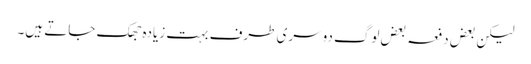
لیکن بعض دفعہ بعض لوگ دوسری طرف بہت زیادہ جھک جاتے ہیں۔